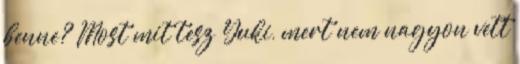
benne? Most mit tesz Yuki, mert nem nagyon vett